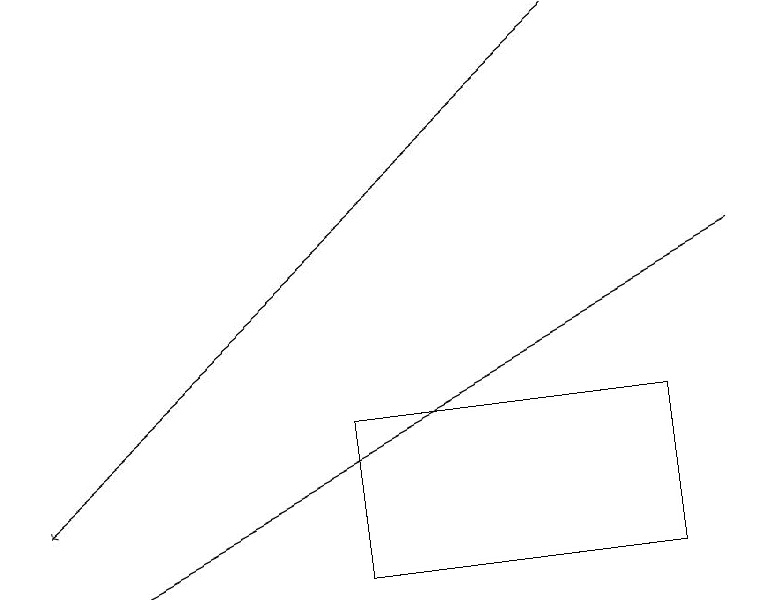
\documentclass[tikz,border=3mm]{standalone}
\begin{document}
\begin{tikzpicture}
\draw[->] (7,18) -- (0,12);
\draw[->] (9,15) -- (1,11);
\draw (8,13) rectangle (4,11);
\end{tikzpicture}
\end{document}